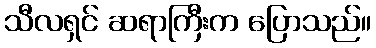
သီလရှင် ဆရာကြီးက ပြောသည်။